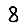
Digit: 8